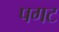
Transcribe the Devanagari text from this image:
पगट